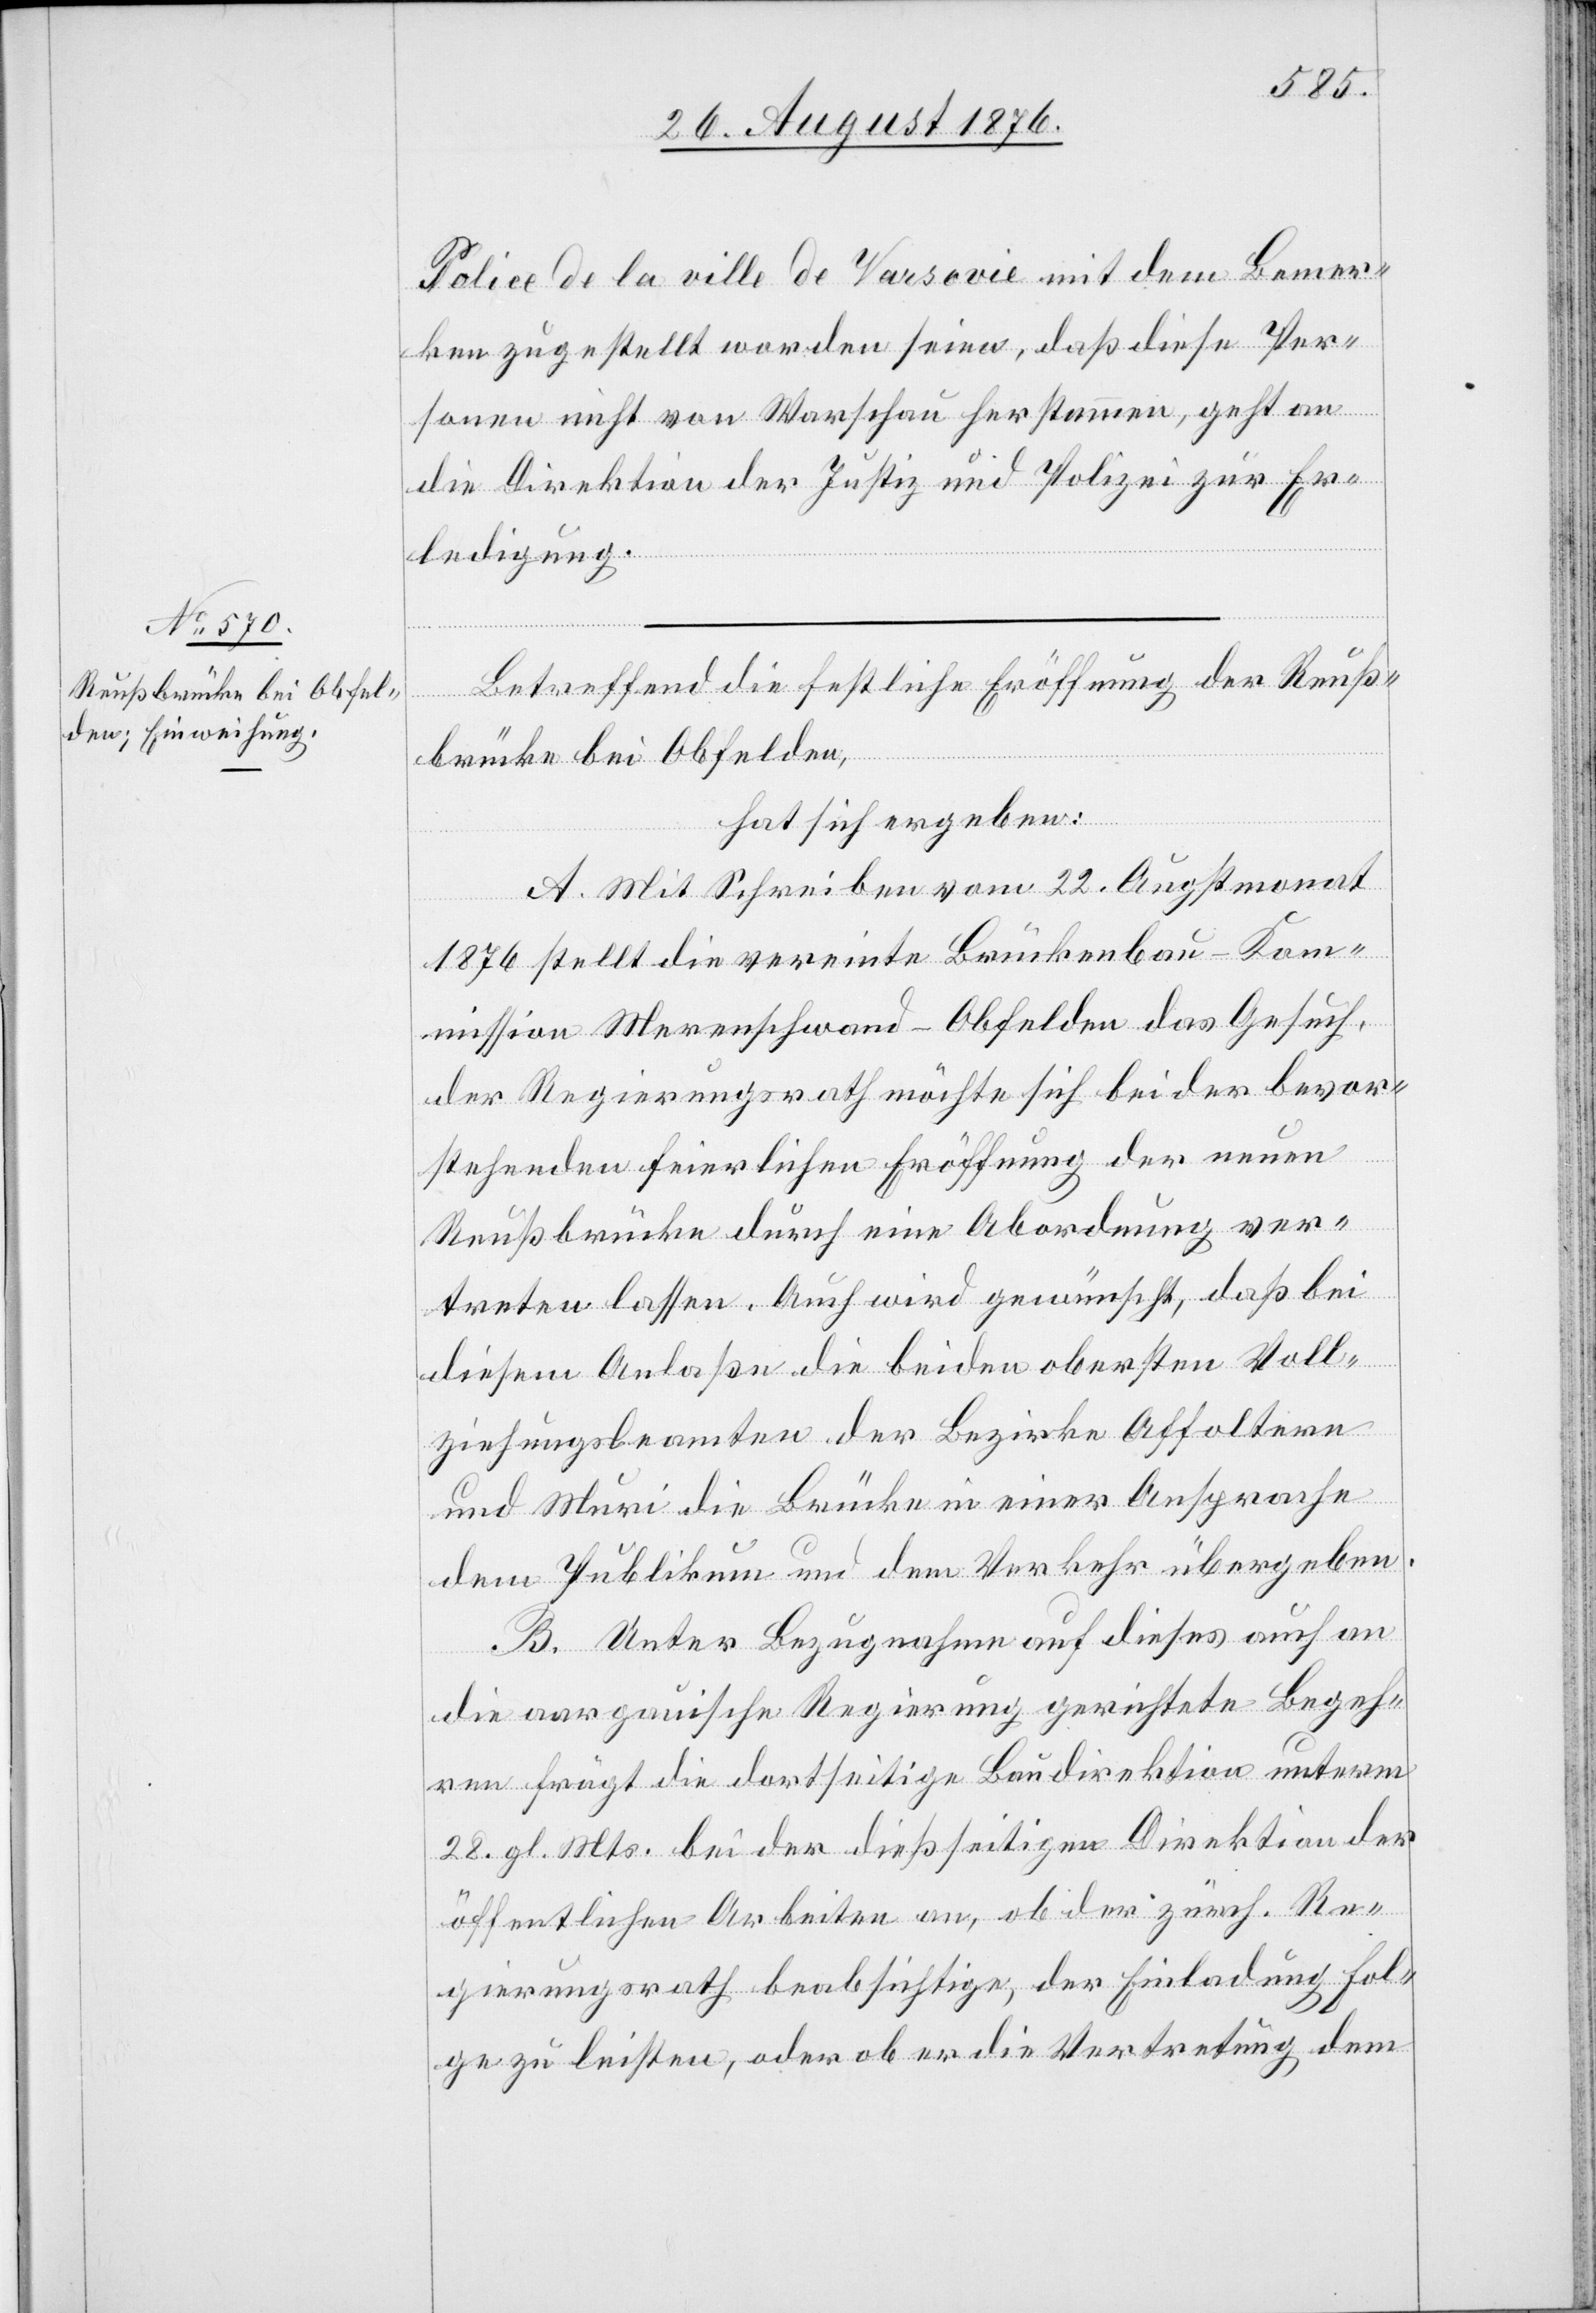
Police de la ville de Varsovie mit dem Bemer¬
ken zugestellt worden seien, daß diese Per¬
sonen nicht von Warschau herstammen, geht an
die Direktion der Justiz und Polizei zur Er¬
ledigung.
Betreffend die festliche Eröffnung der Reuß¬
brücke bei Obfelden,
hat sich ergeben:
A. Mit Schreiben vom 22. Augstmonat
1876 stellt die vereinte Brückenbau-Kom¬
mission Merenschwand-Obfelden das Gesuch,
der Regierungsrath möchte sich bei der bevor¬
stehenden feierlichen Eröffnung der neuen
Reußbrücke durch eine Abordnung ver¬
treten lassen. Auch wird gewünscht, daß bei
diesem Anlaße die beiden obersten Voll¬
ziehungsbeamten der Bezirke Affoltern
und Muri die Brücke in einer Ansprache
dem Publikum und dem Verkehr übergeben.
B. Unter Bezugnahme auf dieses auch an
die aargauische Regierung gerichtete Begeh¬
ren frägt die dortseitige Baudirektion unterm
28. gl. Mts. bei der dießseitigen Direktion der
öffentlichen Arbeiten an, ob der zürch. Re¬
gierungsrath beabsichtige, der Einladung Fol¬
ge zu leisten, oder ob er die Vertretung, dem